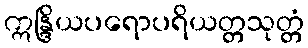
ဣန္ဒြိယပရောပရိယတ္တသုတ္တံ